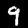
Digit: 9